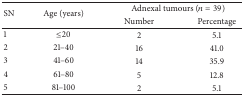
<table><thead><tr><td rowspan="2"><b>SN </b></td><td rowspan="2"><b>Age (years)</b></td><td colspan="2"><b>Adnexal tumours (<i>n</i> = 39)</b></td></tr><tr><td><b>Number</b></td><td><b>Percentage </b></td></tr></thead><tbody><tr><td>1</td><td>≤20</td><td>2</td><td>5.1</td></tr><tr><td>2</td><td>21–40</td><td>16</td><td>41.0</td></tr><tr><td>3</td><td>41–60</td><td>14</td><td>35.9</td></tr><tr><td>4</td><td>61–80</td><td>5</td><td>12.8</td></tr><tr><td>5</td><td>81–100</td><td>2</td><td>5.1</td></tr></tbody></table>